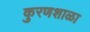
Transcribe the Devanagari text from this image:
कुरणशाळा